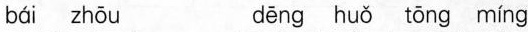
bái zhōu dēng huǒ tōng míng